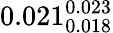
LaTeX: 0.021_{0.018}^{0.023}